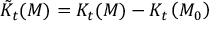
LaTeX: \tilde { K } _ { t } ( M ) = K _ { t } ( M ) - K _ { t } \left( M _ { 0 } \right)